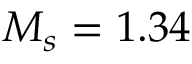
M _ { s } = 1 . 3 4